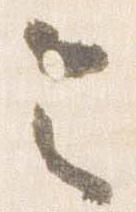
令